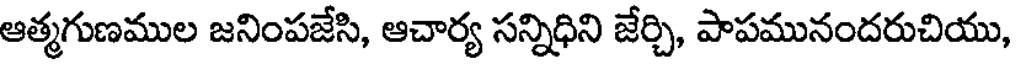
ఆత్మగుణముల జనింపజేసి, ఆచార్య సన్నిధిని జేర్చి, పాపమునందరుచియు,